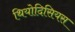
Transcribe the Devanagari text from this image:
थियोदिसियस